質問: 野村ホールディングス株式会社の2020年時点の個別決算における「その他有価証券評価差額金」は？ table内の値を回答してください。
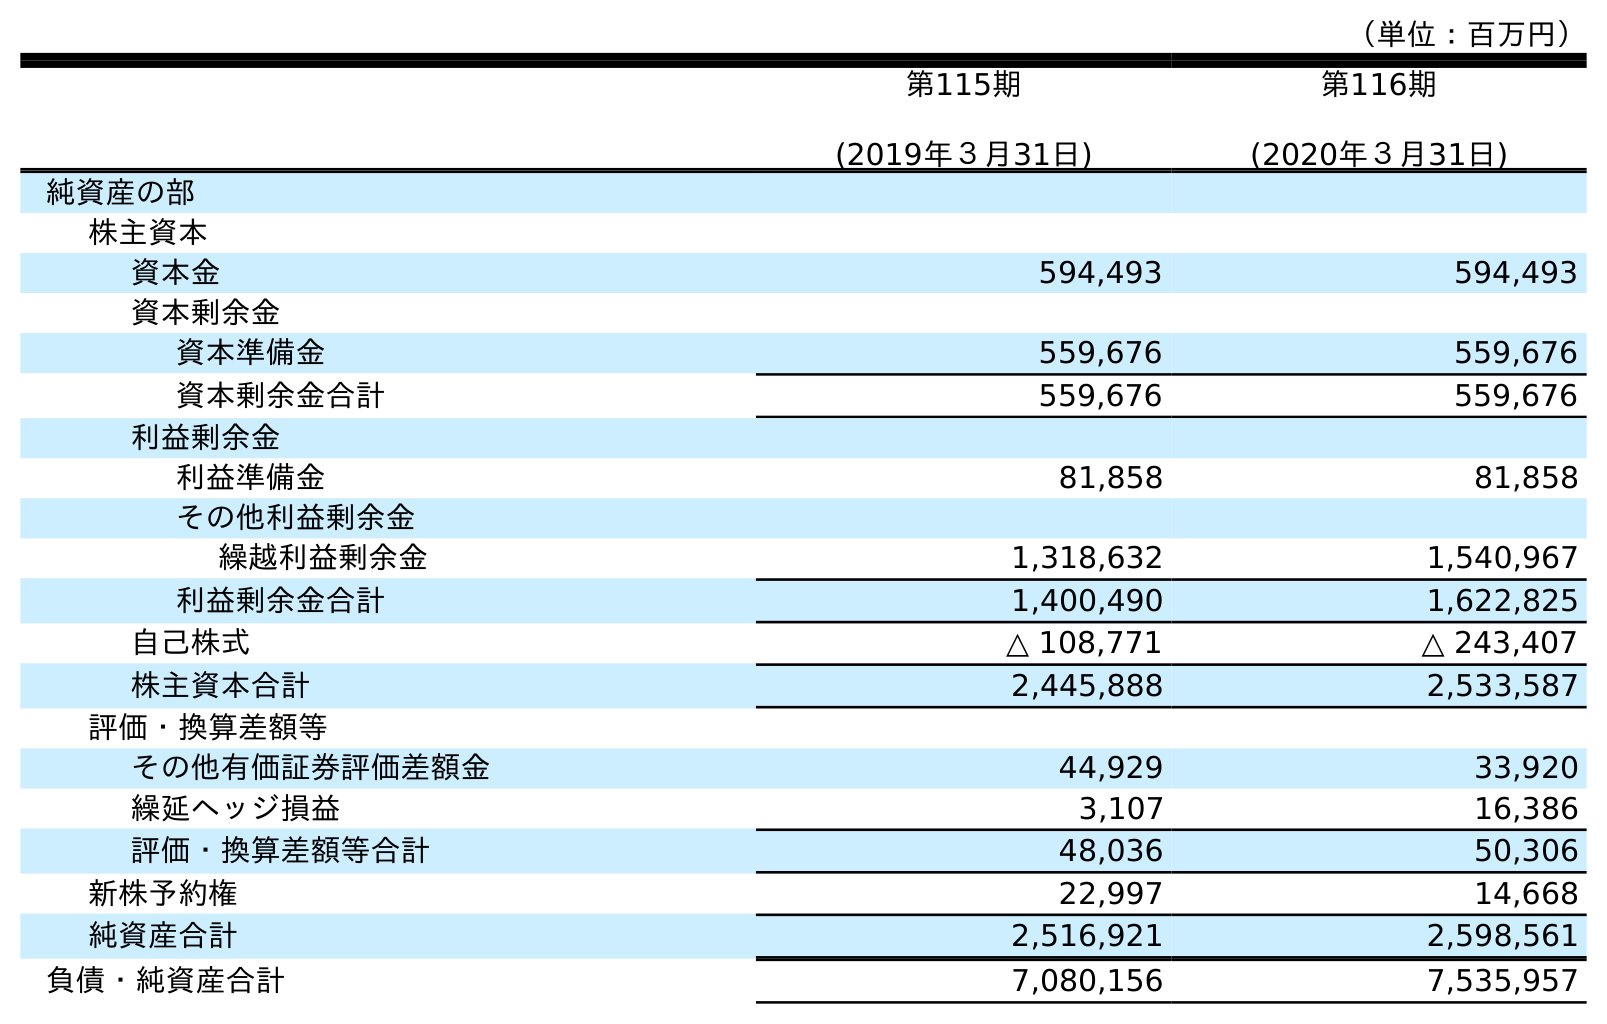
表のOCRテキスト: （単位：百万円） 第115期 (2019年３月31日) 第116期 (2020年３月31日) 純資産の部 株主資本 資本金 594,493 594,493 資本剰余金 資本準備金 559,676 559,676 資本剰余金合計 559,676 559,676 利益剰余金 利益準備金 81,858 81,858 その他利益剰余金 繰越利益剰余金 1,318,632 1,540,967 利益剰余金合計 1,400,490 1,622,825 自己株式 △ 108,771 △ 243,407 株主資本合計 2,445,888 2,533,587 評価・換算差額等 その他有価証券評価差額金 44,929 33,920 繰延ヘッジ損益 3,107 16,386 評価・換算差額等合計 48,036 50,306 新株予約権 22,997 14,668 純資産合計 2,516,921 2,598,561 負債・純資産合計 7,080,156 7,535,957
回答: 33,920